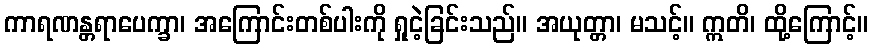
ကာရဏန္တရာပေက္ခာ၊ အကြောင်းတစ်ပါးကို ရှုငဲ့ခြင်းသည်။ အယုတ္တာ၊ မသင့်။ ဣတိ၊ ထို့ကြောင့်။